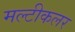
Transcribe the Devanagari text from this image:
मल्टीकलर